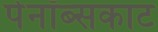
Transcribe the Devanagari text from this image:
पेनॉब्सकाट